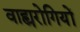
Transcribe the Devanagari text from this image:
वाह्यरोगियों